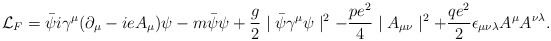
\begin{align*}{\cal L}_F=\bar\psi i\gamma^\mu (\partial_\mu-ieA_\mu)\psi -m\bar\psi\psi+{g\over 2}\mid\bar\psi\gamma^\mu\psi\mid^2 -{{pe^2}\over 4}\mid A_{\mu\nu}\mid^2+{{qe^2}\over 2}\epsilon_{\mu\nu\lambda}A^\mu A^{\nu\lambda}.\end{align*}